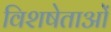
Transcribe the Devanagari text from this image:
विशषेताओं